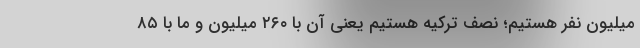
میلیون نفر هستیم؛ نصف ترکیه هستیم یعنی آن با ۲۶۰ میلیون و ما با ۸۵